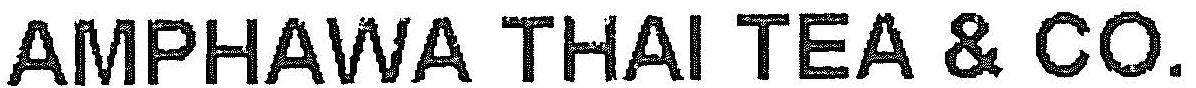
AMPHAWA THAI TEA & CO.